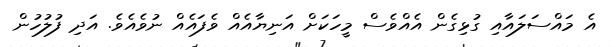
އެ މައްސަލައާއި ގުޅިގެން އެއްވެސް މީހަކަށް އަނިޔާއެއް ވެފައެއް ނުވެއެވެ. އަދި ފުލުހުން